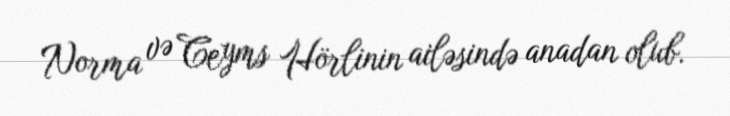
Norma və Ceyms Hörlinin ailəsində anadan olub.